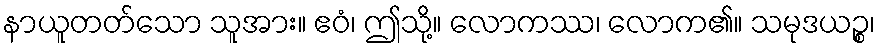
နာယူတတ်သော သူအား။ ဧဝံ၊ ဤသို့။ လောကဿ၊ လောက၏။ သမုဒယဉ္စ၊